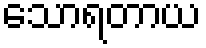
သောရတာယ